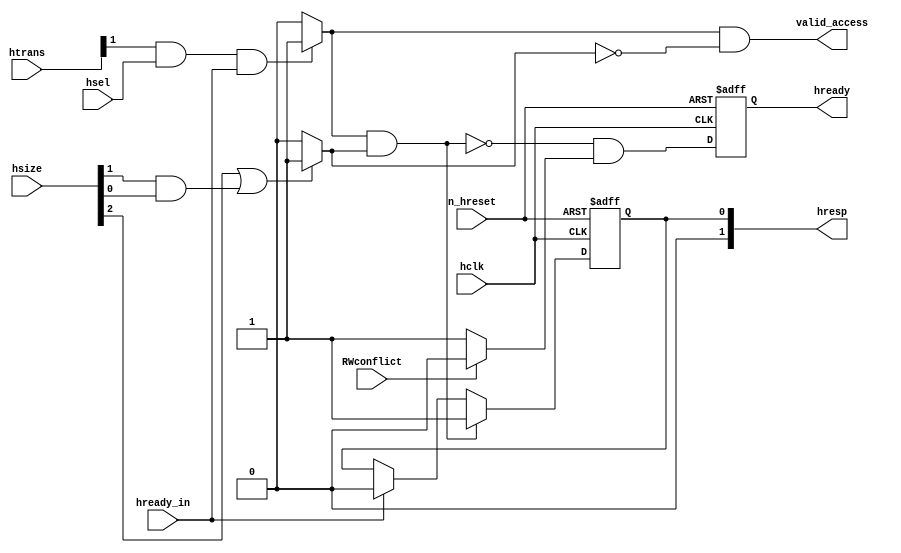
//Title       : 
//Description : 
//Notes       : 
//----------------------------------------------------------------------
//   Copyright 1999-2010 Cadence Design Systems, Inc.
//   All Rights Reserved Worldwide
//
//   Licensed under the Apache License, Version 2.0 (the
//   "License"); you may not use this file except in
//   compliance with the License.  You may obtain a copy of
//   the License at
//
//       http://www.apache.org/licenses/LICENSE-2.0
//
//   Unless required by applicable law or agreed to in
//   writing, software distributed under the License is
//   distributed on an "AS IS" BASIS, WITHOUT WARRANTIES OR
//   CONDITIONS OF ANY KIND, either express or implied.  See
//   the License for the specific language governing
//   permissions and limitations under the License.
//----------------------------------------------------------------------

module sram_response_gen(
	//Inputs
    		hclk,         // AHB Clock
    		n_hreset,     // AHB reset - Active low
    		// AHB interface
    		hsel,         // AHB2APB select
    		htrans,       // Transfer type
    		hsize,        // AHB Access type - byte, half-word, word
                hready_in,    // Combined hready across all slaves
                RWconflict,   // Read coinciding with 2nd stage of write
    	// Outputs
    		// AHB interface
    		hready,       // Ready for new bus cycle from target slave
    		hresp,        // Response from the bridge
                valid_access
);

    // Inputs     
    // system signals
    input        hclk;     // AHB Clock
    input        n_hreset;  // AHB reset - Active low
    // AHB interface 
    input        hsel;     // select from AHB bus
    input [1:0]  htrans;   // Transfer type
    input [2:0]  hsize;    // AHB Access type - byte, half-word, word
    input        hready_in; // Combined hready across all slaves
    input        RWconflict;
    // Outputs
    // AHB interface
    output        hready;       // Ready for new bus cycle from target slave
    output [1:0]  hresp;        // Response from the bridge
    output        valid_access;

    wire          size_error;
    //wire          hresp_0_next;
    wire          valid_access;
    wire          hready_RWconflict;    
    wire sram_subs_access;
    wire hready_error;
    reg		  r_hresp_0;
    reg		  r_hready;


	// Lower hready for one cycle of there is a Read's address phase coinciding 
	// with a write's data phase for the same mem group
	// -------------------------------------------------------------------------

	assign hready_RWconflict = RWconflict ?  1'b0 : 1'b1;
 

        // Flag error if access size is 64 bits or more
        // hsize [2:0]
        // 000 - 8 bit
        // 001 - 16 bit
        // 010 - 32 bit
        // 011 - 64 bit
        // 1xx > 64 bit
        // htrans [1:0]
        // 00 = idle
        // 01 = busy
        // 10 = non-seq
        // 11 = seq
        // hresp
        // 00 = OK
        // 01 = Error
        // 10 = Retry
        // 11 = Split

       // Access > 32 bit is error
	assign size_error = ( hsize[2] | (hsize[1] & hsize[0]) ) ?
                            1'b1 : 1'b0;

        //assign valid_access= ( (htrans[1] & hsel) & (~size_error) & (hready_in))?
        //                     1'b1 : 1'b0;

        // Sram subsystem access, 
        assign sram_subs_access = ( (htrans[1] & hsel) & (hready_in))? 1'b1 : 1'b0;
      
        // valid access: sram sub system is access and there is not size error
        assign valid_access = sram_subs_access & ~size_error;
         
      // Pull hready low only if there is an access has a size error 
	//assign hready_error = ( ( hsel & htrans[1] & hready_in) & (size_error)) ?
        //                     1'b0 : 1'b1;        
        assign hready_error = sram_subs_access & size_error;
 
     // Flag error or ignore access that occurs when hready output is low
        //assign hresp_0_next = ((hready_error) | hready_in) ? 
         //                    1'b0 :1'b1;   
   	always @(posedge hclk or negedge n_hreset)
    		begin
        	if (~n_hreset)
        		begin
            		r_hready  <= 1'b1;
            		r_hresp_0 <= 1'b0;
        	end // if (!n_hreset)
        	else
        		begin
            		r_hready  <= (~hready_error & hready_RWconflict);

                        if(hready_error) 
            	          r_hresp_0 <= 1'b1;
                        else if (hready_in)
            	          r_hresp_0 <= 1'b0;
        	end
    	end // always @(posedge hclk ..



	assign hready   = r_hready;
	assign hresp[0] = r_hresp_0;
        // Tie hresp[1] to '0' as it is common to both error and OK responses
        assign hresp[1] = 1'b0;

endmodule // module sram_response_gen